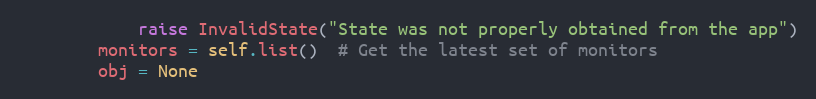
Language: Python
            raise InvalidState("State was not properly obtained from the app")
        monitors = self.list()  # Get the latest set of monitors
        obj = None